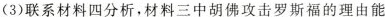
(3)联系材料四分析，材料三中胡佛攻击罗斯福的理由能